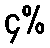
၄%